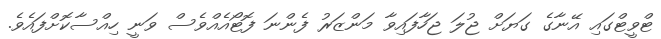
ޓްވީޓްގައި އޭނާގެ ގަޔަށް ޖުލަ ޖަހާފައިވާ މަންޒަރު ފެންނަ ފޮޓޯއެއްވެސް ވަނީ ހިއްސާކޮށްފައެވެ.